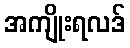
အကျိုးရလဒ်